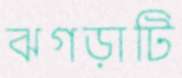
ঝগড়াটি